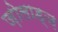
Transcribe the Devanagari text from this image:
ज़ोलाड्ज़